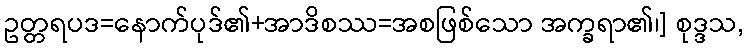
ဥတ္တရပဒ=နောက်ပုဒ်၏+အာဒိစဿ=အစဖြစ်သော အက္ခရာ၏၊] စုဒ္ဒသ,